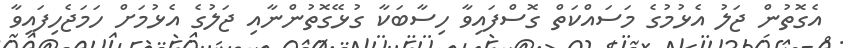
އެގޮތުން ޖަލު އެޅުމުގެ މަސައްކަތް ގޮސްފައިވާ ހިސާބަކާ ގުޅޭގޮތުންނާއި ޖަލުގެ އެޅުމަށް ހަމަޖެހިފައިވާ